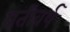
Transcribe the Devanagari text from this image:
प्रतीवर्ष